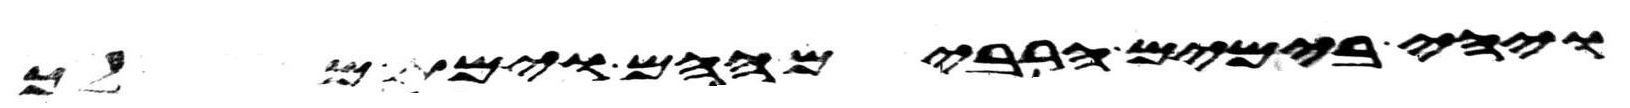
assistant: ויהי בימים הרבים ההם וימת מלך